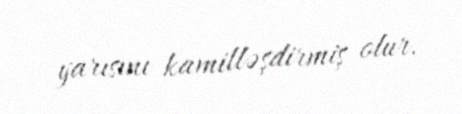
yarısını kamilləşdirmiş olur.